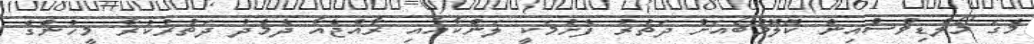
މެގަ މޯލްޑިވްސްއިން ކޮލޮމްބޯއަށް ދަތުރު ފެށުމަކީ ލަންކާއާއި ރާއްޖެއާ ދެމެދު ދަތުރުކުރާ މީހުންގެ